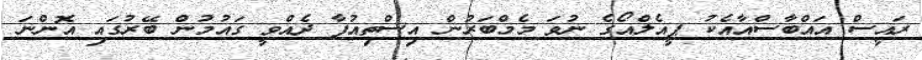
ރައީސް އައްބާސްއާއެކު ޕީއެލްއޯގެ ނުވަ މެމްބަރުން އިސްތިއުފާ ދެއްވީ ގައުމުން ބޭރުގައި އޮންނަ